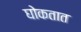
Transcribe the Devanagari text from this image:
घोकतात